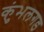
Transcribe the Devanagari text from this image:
कुंभलगड